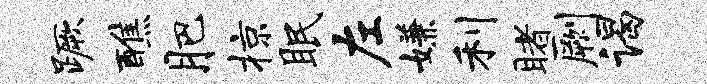
蹶醮肥掠眠左嫌利睹劂谒